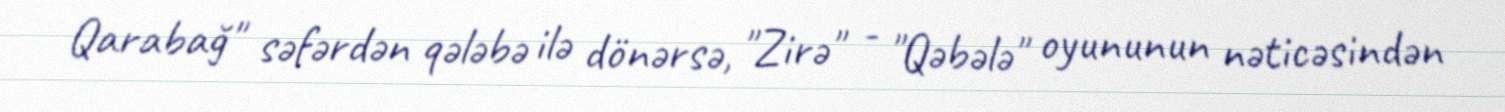
Qarabağ" səfərdən qələbə ilə dönərsə, "Zirə" - "Qəbələ" oyununun nəticəsindən